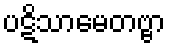
ပဋိသာမေတဗ္ဗာ